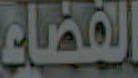
الفضاء